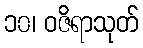
၁၀၊ ဝဇိရာသုတ်